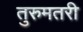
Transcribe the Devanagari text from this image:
तुरुमतरी